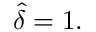
{ \widehat { \delta } } = 1 .